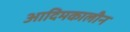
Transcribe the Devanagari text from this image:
आदिमकालीन